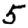
Digit: 5